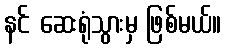
နင် ဆေးရုံသွားမှ ဖြစ်မယ်။